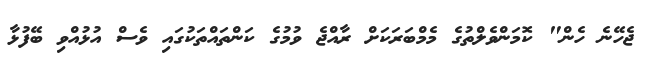
ޖެހޭނެ ހެން" ކޮމަންވެލްތުގެ މެމްބަރަކަށް ރާއްޖެ ވުމުގެ ކަންތައްތަކުގައި ވެސް އުޅުއްވި ބޭފުޅާ